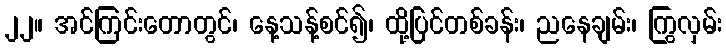
၂၂။ အင်ကြင်းတောတွင်၊ နေ့သန့်စင်၍၊ ထို့ပြင်တစ်ခန်း၊ ညနေချမ်း၊ ကြွလှမ်း